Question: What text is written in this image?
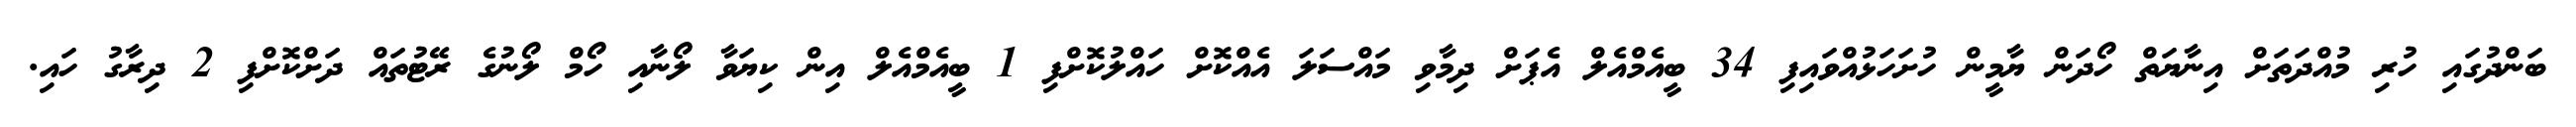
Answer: ބަންދުގައި ހުރި މުއްދަތަށް އިނާޔަތް ހޯދަން ޔާމީން ހުށަހަޅުއްވައިފި 34 ބީއެމްއެލް އެޕަށް ދިމާވި މައްސަލަ އެއްކޮށް ހައްލުކޮށްފި 1 ބީއެމްއެލް އިން ކިޔަވާ ލޯނާއި ހޯމް ލޯނުގެ ރޭޓުތައް ދަށްކޮށްފި 2 ދިރާގު ހައި.